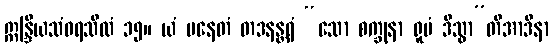
ဣန္ဒြိယသံဝရသီလံ ၁၅။ ယံ ပနေတံ တဒနန္တရံ “သော စက္ခုနာ ရူပံ ဒိသွာ”တိအာဒိနာ